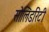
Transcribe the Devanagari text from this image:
सोलिडरिटी